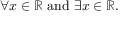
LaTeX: \forall x \in \mathbb { R } { \mathrm { ~ a n d ~ } } \exists x \in \mathbb { R } .